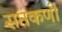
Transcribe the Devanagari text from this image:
सप्तकर्णी